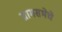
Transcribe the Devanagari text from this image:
ग्रामसभेचे